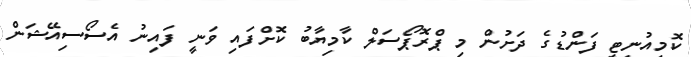
ކޮމިއުނިޓީ ފަންޑުގެ ދަށުން މި ޕްރޮޕޯސަލް ކާމިޔާބު ކޮށްފައި ވަނީ ފައިނު އެސޯސިއޭޝަން